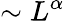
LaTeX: \sim L^{\alpha}